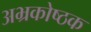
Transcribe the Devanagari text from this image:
अभ्रकोष्ठक